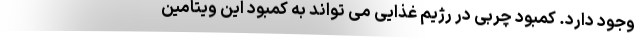
وجود دارد. کمبود چربی در رژیم غذایی می تواند به کمبود این ویتامین